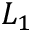
L _ { 1 }